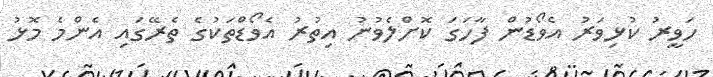
ހަވީރު ކުޅިވަރު އެވޯޑުން ފާހަގަ ކޮށްލެވުނު އިތުރު އެވޯޑްތަކުގެ ތެރޭގައި އެންމެ މޮޅު